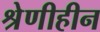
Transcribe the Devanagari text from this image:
श्रेणीहीन